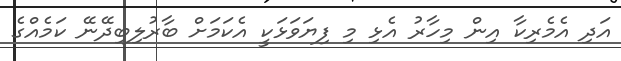
އަދި އެމެރިކާ އިން މިހާރު އެޅި މި ފިޔަވަޅަކީ އެކަމަށް ބާރުލިބިދޭނޭ ކަމެއްގެ